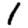
Digit: 1